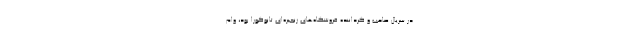
در سریال صاحب و گرداننده فروشگاه‌های زنجیره‌ای تانوکورا بود، وام